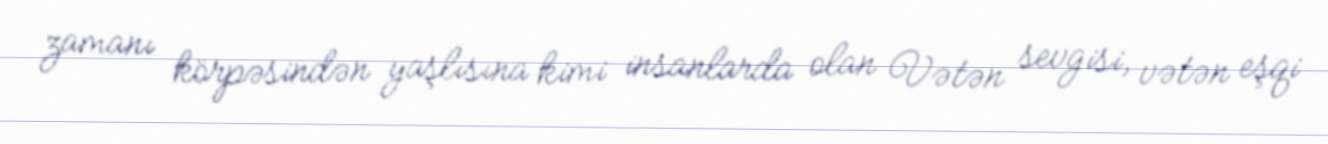
zamanı körpəsindən yaşlısına kimi insanlarda olan Vətən sevgisi, vətən eşqi